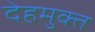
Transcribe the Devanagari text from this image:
देहमुक्त